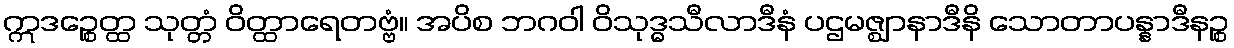
ဣဒဉ္စေတ္ထ သုတ္တံ ဝိတ္ထာရေတဗ္ဗံ။ အပိစ ဘဂဝါ ဝိသုဒ္ဓသီလာဒီနံ ပဌမဇ္ဈာနာဒီနိ သောတာပန္နာဒီနဉ္စ